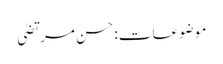
موضوعات:حسن مرتضیٰ